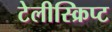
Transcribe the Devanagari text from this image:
टेलीस्क्रिप्ट